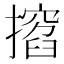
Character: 𢶺